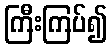
ကြီးကြပ်၍